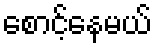
စောင့်နေမယ်